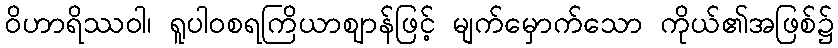
ဝိဟာရိဿဝါ၊ ရူပါဝစရကြိယာဈာန်ဖြင့် မျက်မှောက်သော ကိုယ်၏အဖြစ်၌